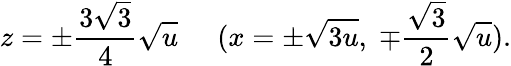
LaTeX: z=\pm\frac{3\sqrt{3}}{4}\sqrt{u}\; \; \; \; \; (x=\pm\sqrt{3u},\; \mp\frac{\sqrt{3}}{2}\sqrt{u}).